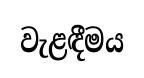
වැළඳීමය